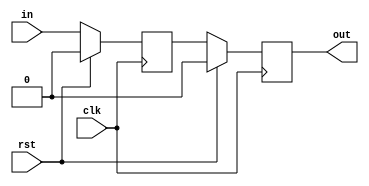
//
// Copyright 2014 Ettus Research LLC
//

module synchronizer #(
   parameter STAGES      = 2,
   parameter INITIAL_VAL = 1'b0
)(
   input    clk,
   input    rst,
   input    in,
   output   out
);

   (* ASYNC_REG = "TRUE" *) reg [STAGES-1:0] value_int = {STAGES{INITIAL_VAL}};

   genvar i;
   generate
      for (i=0; i<STAGES; i=i+1) begin: synchronizer_gen
         always @(posedge clk) begin
            if (rst)
               value_int[i] <= INITIAL_VAL;
            else
               value_int[i] <= (i==0) ? in : value_int[i-1];
         end
      end
   endgenerate

   assign out = value_int[STAGES-1];

endmodule   //synchronizer